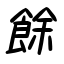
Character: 餘